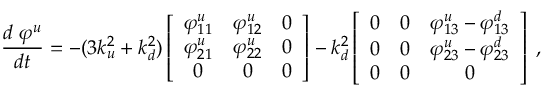
\frac { d \; \varphi ^ { u } } { d t } = - ( 3 k _ { u } ^ { 2 } + k _ { d } ^ { 2 } ) \left[ \begin{array} { c c c } { { \varphi _ { 1 1 } ^ { u } } } & { { \varphi _ { 1 2 } ^ { u } } } & { { 0 } } \\ { { \varphi _ { 2 1 } ^ { u } } } & { { \varphi _ { 2 2 } ^ { u } } } & { { 0 } } \\ { { 0 } } & { { 0 } } & { { 0 } } \end{array} \right] - k _ { d } ^ { 2 } \left[ \begin{array} { c c c } { { 0 } } & { { 0 } } & { { \varphi _ { 1 3 } ^ { u } - \varphi _ { 1 3 } ^ { d } } } \\ { { 0 } } & { { 0 } } & { { \varphi _ { 2 3 } ^ { u } - \varphi _ { 2 3 } ^ { d } } } \\ { { 0 } } & { { 0 } } & { { 0 } } \end{array} \right] \; ,